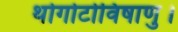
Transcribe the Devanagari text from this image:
थोगोटोविषाणु।